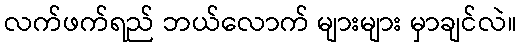
လက်ဖက်ရည် ဘယ်လောက် များများ မှာချင်လဲ။